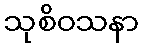
သုစိဝသနာ